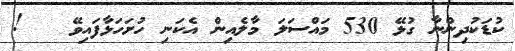
ކުޑަކުދިންނާ ގުޅޭ 530 މައްސަލަ މާލެއިން އެކަނި ހުށަހަޅާފައިވޭ   !